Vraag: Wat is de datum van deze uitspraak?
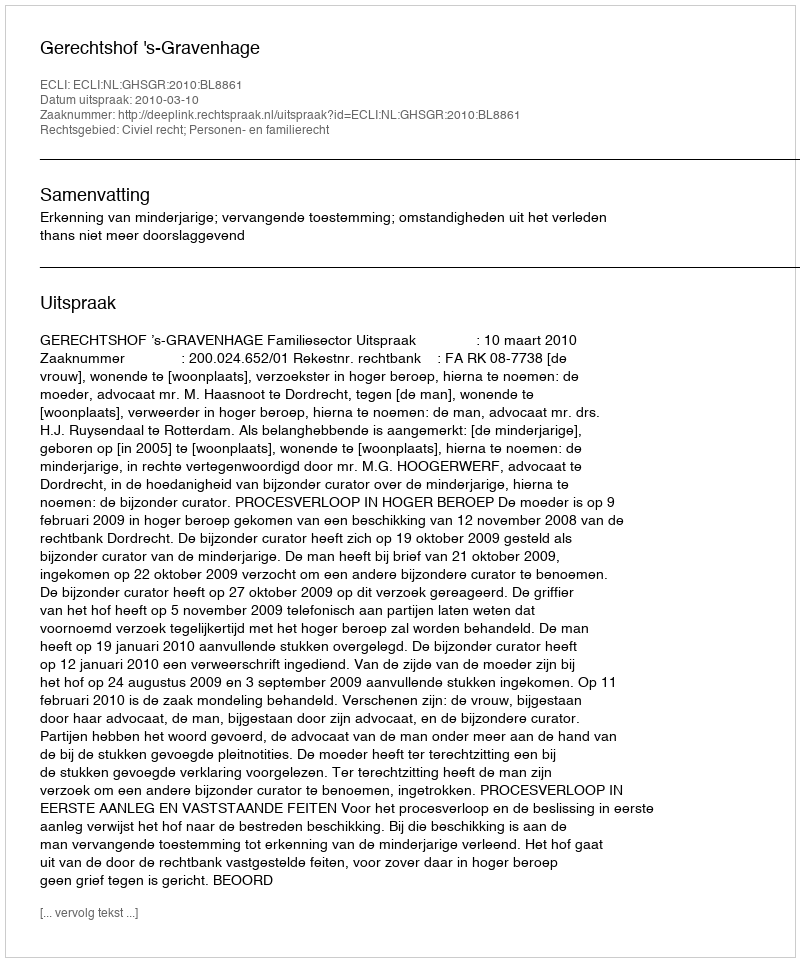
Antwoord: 2010-03-10